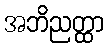
အဘိညတ္ထာ